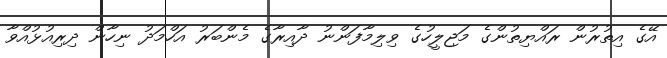
އޭގެ އިތުރުން ރައްޔިތުންގެ މަޖިލީހުގެ ވިލިމާފަންނު ދާއިރާގެ މެންބަރު އަހްމަދު ނިހާން ދިރިއުޅުއްވާ